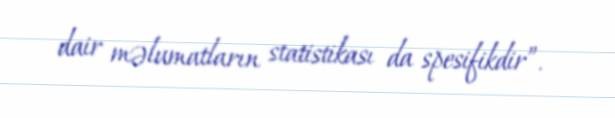
dair məlumatların statistikası da spesifikdir”.